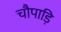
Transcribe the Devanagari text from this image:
चौपाड़ि